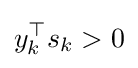
y_{k}^{\top }s_{k}>0